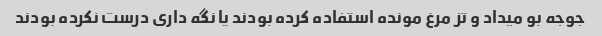
جوجه بو میداد و تز مرغ مونده استفاده کرده بودند یا نگه داری درست نکرده بودند